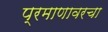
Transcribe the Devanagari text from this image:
प्रमाणावरचा